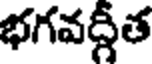
భగవద్గీత